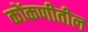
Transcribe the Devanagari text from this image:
कोंकणीतील